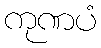
ကုဏပံ